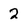
Character: 2